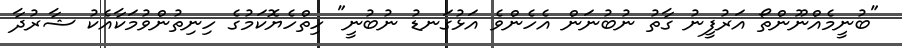
"ބުނީމެއްނޫންތޯ އަރުފީނު ގާތު ނުބުނަން އެހެންވެ އަޅުގަނޑު ނުބުނީ" ހިތްހެޔޮކަމުގެ ހިނިތުންވުމަކާއެކު ޝާރުދާ